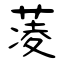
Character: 蓤